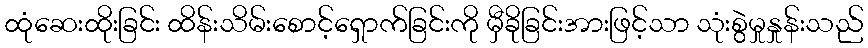
ထုံဆေးထိုးခြင်း ထိန်းသိမ်းစောင့်ရှောက်ခြင်းကို မှီခိုခြင်းအားဖြင့်သာ သုံးစွဲမှုနှုန်းသည်